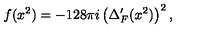
f ( x ^ { 2 } ) = - 1 2 8 \pi i \left( \Delta _ { F } ^ { \prime } ( x ^ { 2 } ) \right) ^ { 2 } ,